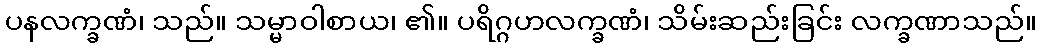
ပနလက္ခဏံ၊ သည်။ သမ္မာဝါစာယ၊ ၏။ ပရိဂ္ဂဟလက္ခဏံ၊ သိမ်းဆည်းခြင်း လက္ခဏာသည်။